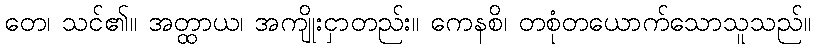
တေ၊ သင်၏။ အတ္ထာယ၊ အကျိုးငှာတည်း။ ကေနစိ၊ တစုံတယောက်သောသူသည်။